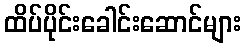
ထိပ်ပိုင်းခေါင်းဆောင်များ